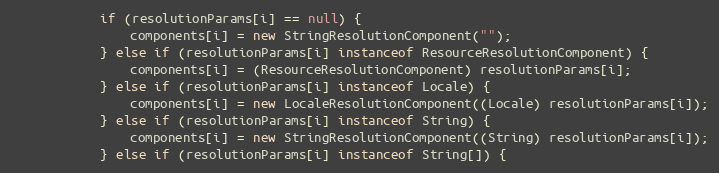
Language: Java
            if (resolutionParams[i] == null) {
                components[i] = new StringResolutionComponent("");
            } else if (resolutionParams[i] instanceof ResourceResolutionComponent) {
                components[i] = (ResourceResolutionComponent) resolutionParams[i];
            } else if (resolutionParams[i] instanceof Locale) {
                components[i] = new LocaleResolutionComponent((Locale) resolutionParams[i]);
            } else if (resolutionParams[i] instanceof String) {
                components[i] = new StringResolutionComponent((String) resolutionParams[i]);
            } else if (resolutionParams[i] instanceof String[]) {